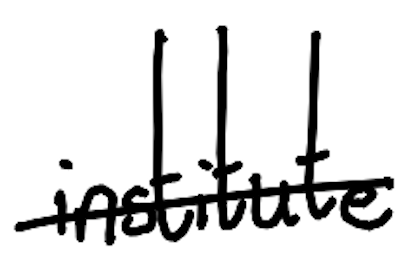
Text: institute
Cross-out: single-line
Writing tool: digital_black